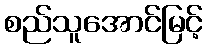
စည်သူအောင်မြင့်